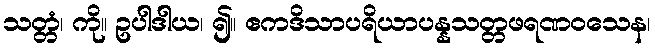
သတ္တံ၊ ကို။ ဥပါဒါယ၊ ၍။ ဧကဒိသာပရိယာပန္နသတ္တဖရဏဝသေန၊